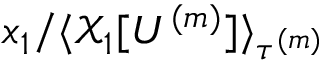
x _ { 1 } / \langle \mathcal { X } _ { 1 } [ U ^ { ( m ) } ] \rangle _ { \tau ^ { ( m ) } }